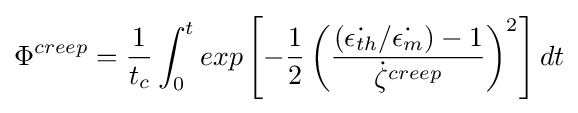
\Phi ^{creep}={\frac {1}{t_{c}}}\int _{0}^{t}exp\left[-{\frac {1}{2}}\left({\frac {({\dot {\epsilon _{th}}}/{\dot {\epsilon _{m}}})-1}{{\dot {\zeta }}^{creep}}}\right)^{2}\right]dt